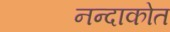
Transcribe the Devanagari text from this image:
नन्दाकोत